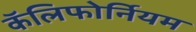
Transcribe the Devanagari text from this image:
कॅलिफोर्नियम